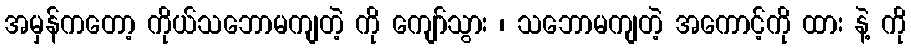
အမှန်ကတော့ ကိုယ်သဘောမကျတဲ့ ကို ကျော်သွား ၊ သဘောမကျတဲ့ အကောင့်ကို ထား နဲ့ ကို